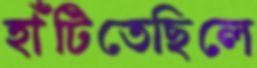
হাঁটিতেছিলে